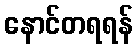
နောင်တရရန်